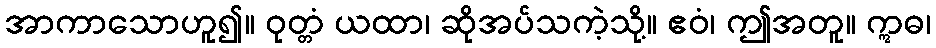
အာကာသောဟူ၍။ ဝုတ္တံ ယထာ၊ ဆိုအပ်သကဲ့သို့။ ဧဝံ၊ ဤအတူ။ ဣဓ၊